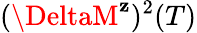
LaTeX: (\DeltaM^{\mathbf{z}})^{2}(T)